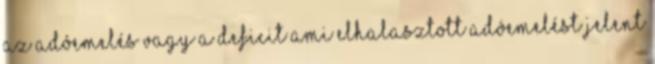
az adóemelés vagy a deficit ami elhalasztott adóemelést jelent